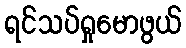
ရင်သပ်ရှုမောဖွယ်